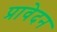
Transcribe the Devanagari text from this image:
प्रावेदन